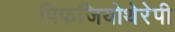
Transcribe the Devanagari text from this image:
पिफजियोथेरेपी